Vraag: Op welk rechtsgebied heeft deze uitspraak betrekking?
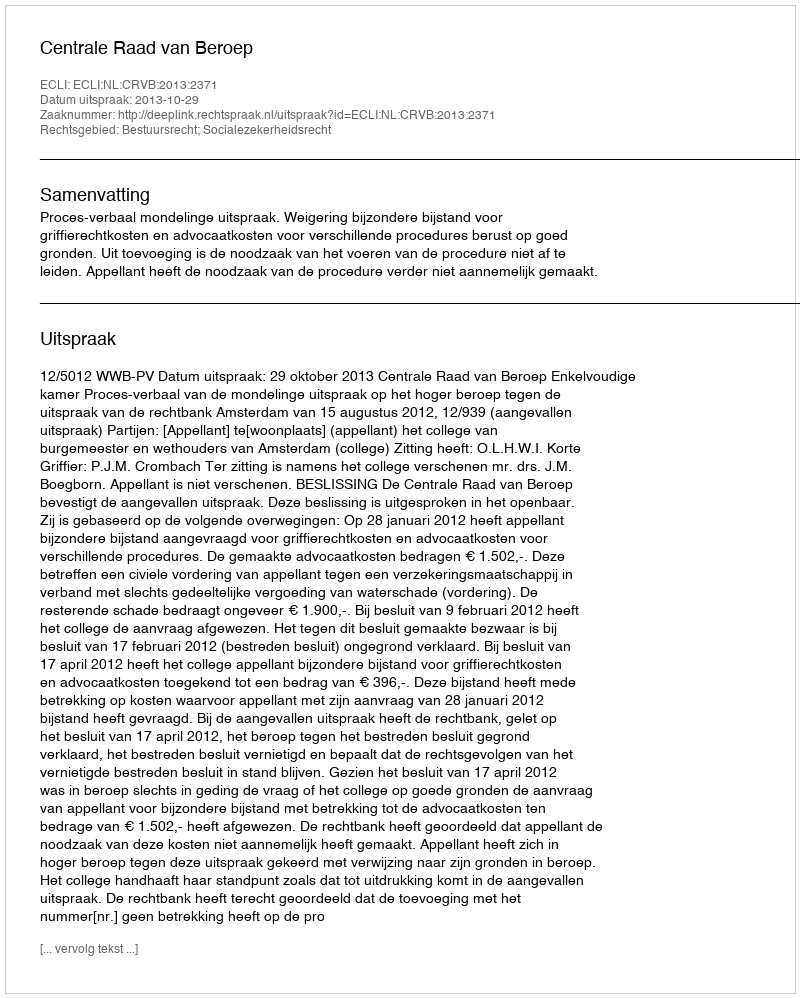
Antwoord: Bestuursrecht; Socialezekerheidsrecht